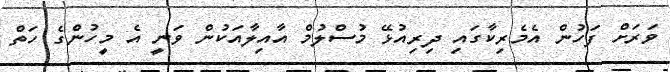
ވަރަށް ފަހުން އެމެރިކާގައި ދިރިއުޅޭ މުސްލުމް އާއިލާއަކުން ވަނީ އެ މީހުންެގެ ހަތް